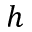
h